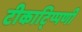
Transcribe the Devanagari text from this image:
टीकाटि्प्पणी